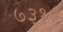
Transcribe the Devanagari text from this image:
७३१०